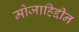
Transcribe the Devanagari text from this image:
मोजाहिद्दीन